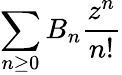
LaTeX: \sum_{n\geq 0}B_{n}{\frac{z^{n}}{n!}}